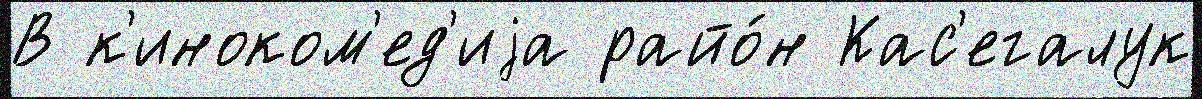
В к'иноком'ед'иjа райо́н Кас'егалук